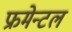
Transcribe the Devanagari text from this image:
फ्रमेन्टल